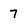
Character: 7